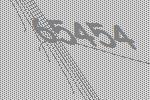
65454